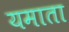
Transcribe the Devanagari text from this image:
यमाता